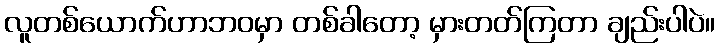
လူတစ်ယောက်ဟာဘဝမှာ တစ်ခါတော့ မှားတတ်ကြတာ ချည်းပါပဲ။